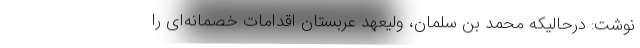
نوشت: درحالیکه محمد بن سلمان، ولیعهد عربستان اقدامات خصمانه‌ای را